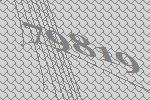
79819